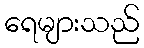
ရေများသည်